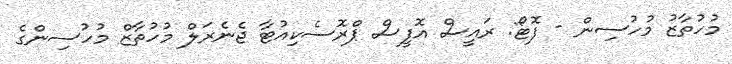
މުހުތާޒު މުހުސިން - ފޮޓޯ: ރައީސް އޮފީސް ޕްރޮސެކިއުޓާ ޖެނެރަލް މުހުތާޒް މުހުސިންގެ